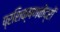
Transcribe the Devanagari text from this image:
प्रशिक्षणकेंद्रों